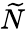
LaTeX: \widetilde{N}